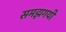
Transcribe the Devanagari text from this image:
समझगयी